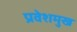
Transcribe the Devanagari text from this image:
प्रवेशमुख